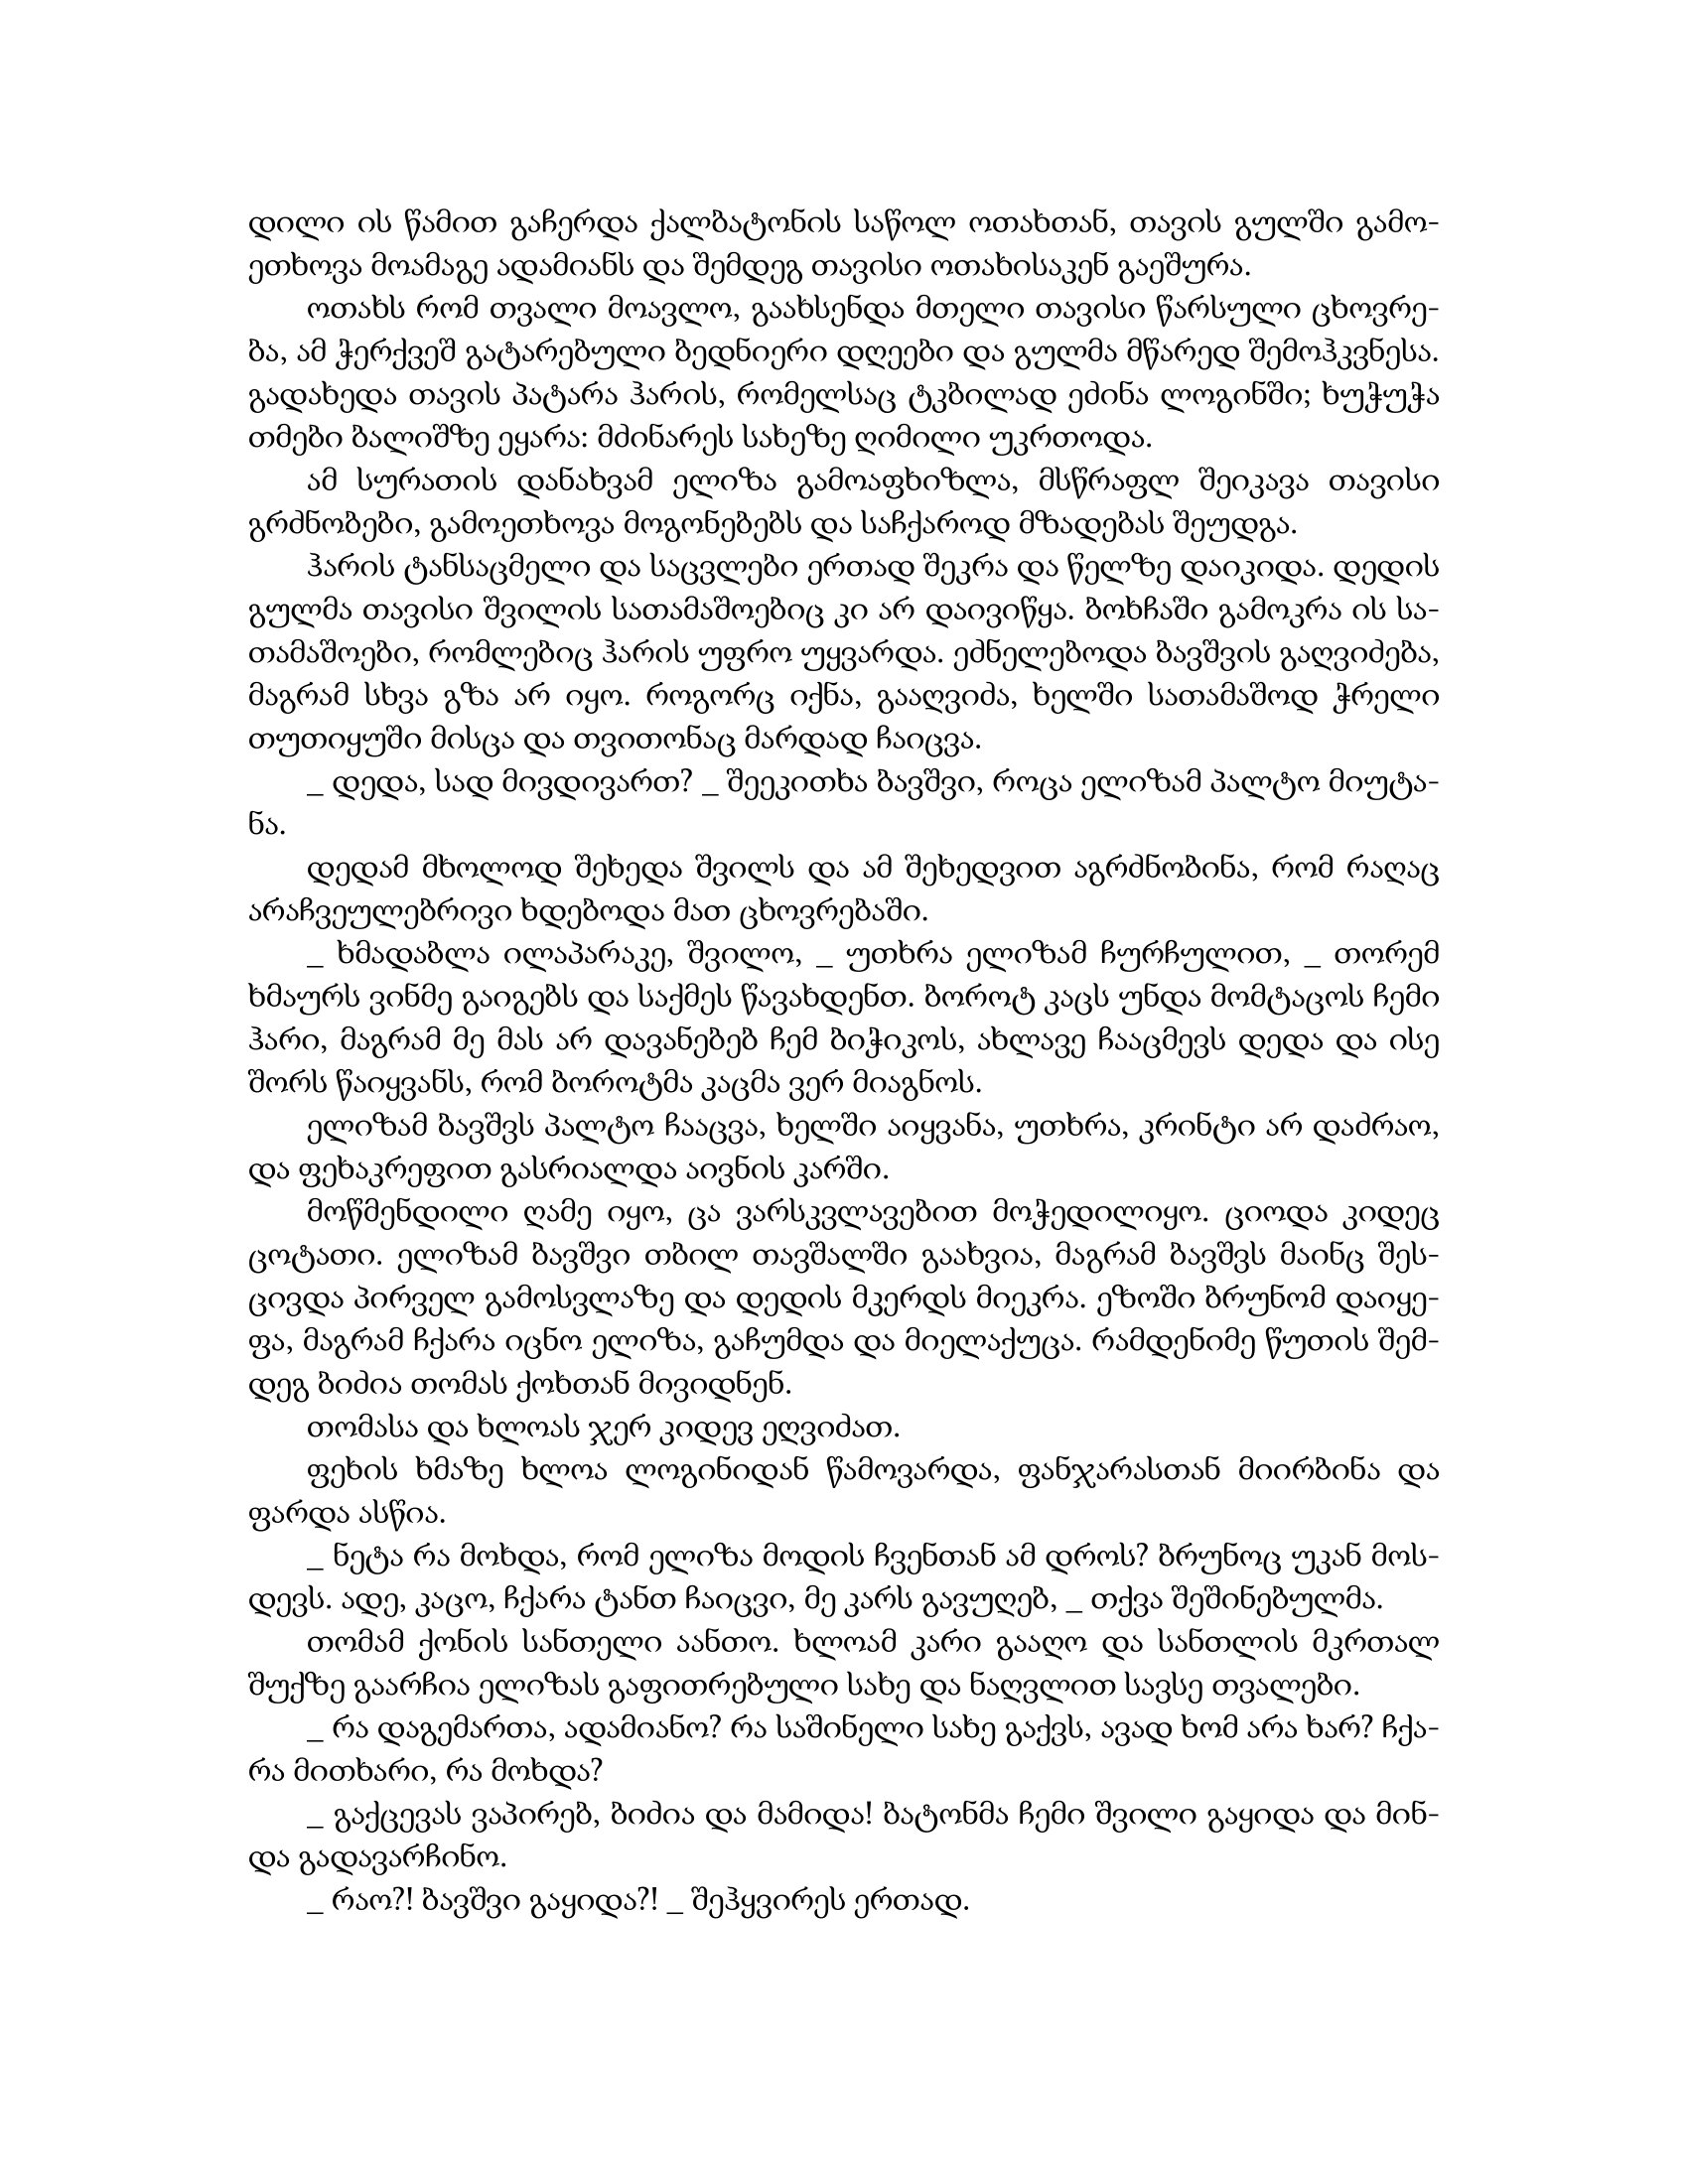
Language: gr